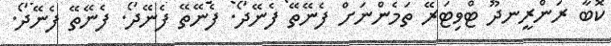
ކޮބާ ރަންރީނދޫ ޓްވިޓަރޭ ތަމެންނަށް ފެނޭތޭ ފެނޭދޯ. ފެނޭތޭ ފެނޭދޯ. ފެނޭތޭ ފެނޭދޯ.